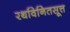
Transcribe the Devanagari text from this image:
रथविनितसूत्त